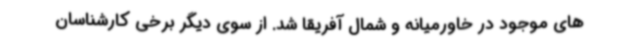
های موجود در خاورمیانه و شمال آفریقا شد. از سوی دیگر برخی کارشناسان